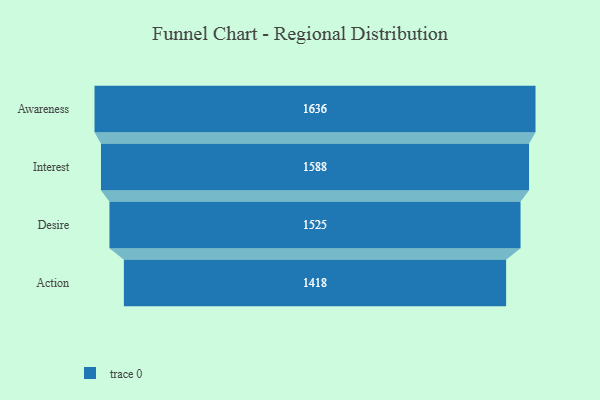
{"axis": {"x": "Stage", "y": "Value"}, "legend": [""], "data": [{"x": "Awareness", "y": 1636.0, "type": ""}, {"x": "Interest", "y": 1588.0, "type": ""}, {"x": "Desire", "y": 1525.0, "type": ""}, {"x": "Action", "y": 1418.0, "type": ""}]}